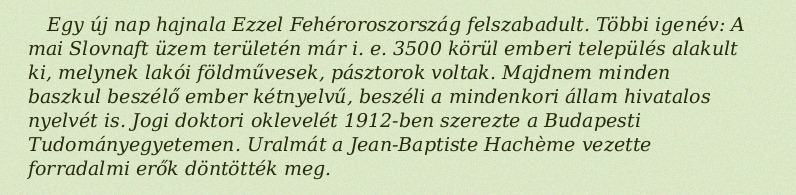
Egy új nap hajnala Ezzel Fehéroroszország felszabadult. Többi igenév: A mai Slovnaft üzem területén már i. e. 3500 körül emberi település alakult ki, melynek lakói földművesek, pásztorok voltak. Majdnem minden baszkul beszélő ember kétnyelvű, beszéli a mindenkori állam hivatalos nyelvét is. Jogi doktori oklevelét 1912-ben szerezte a Budapesti Tudományegyetemen. Uralmát a Jean-Baptiste Hachème vezette forradalmi erők döntötték meg.